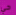
حي